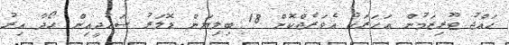
ހައްޖު ޓޫރިޒަމުން އަހަރަކު އެވަރެޖްކޮށް 18 ބިލިޔަން ޑޮލަރު ސައުދީއިން ހޯދާ އިރު